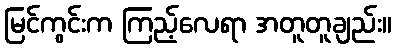
မြင်ကွင်းက ကြည့်လေရာ အတူတူချည်း။